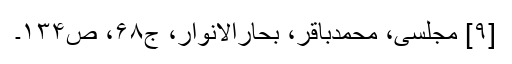
[۹] مجلسی، محمدباقر، بحارالانوار، ج۶۸، ص۱۳۴۔